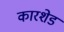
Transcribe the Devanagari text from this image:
कारशेड